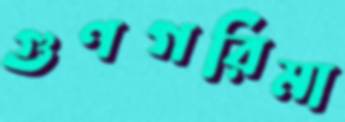
গুণগরিমা